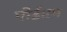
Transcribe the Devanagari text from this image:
पीईएम